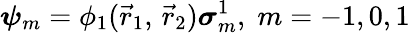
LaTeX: {\boldsymbol{\psi}}_{m}=\phi_{1}({\vec{r}}_{1},\, {\vec{r}}_{2}){\boldsymbol{\sigma}}_{m}^{1},\; m=-1,0,1